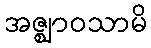
အဇ္ဈာဝသာမိ